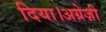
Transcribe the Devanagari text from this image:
दिया।अग्रेज़ी